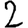
Digit: 2